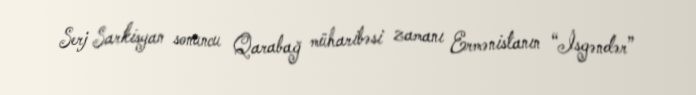
Serj Sarkisyan sonuncu Qarabağ müharibəsi zamanı Ermənistanın “İsgəndər”